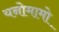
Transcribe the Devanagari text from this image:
यनोमामो